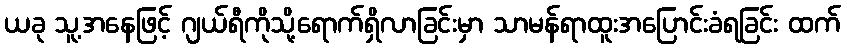
ယခု သူ့အနေဖြင့် ဂျယ်ရီကိုသို့ရောက်ရှိလာခြင်းမှာ သာမန်ရာထူးအပြောင်းခံရခြင်း ထက်